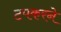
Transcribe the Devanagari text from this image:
टपकरने